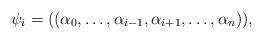
LaTeX: \begin{align*}\psi_i = ((\alpha_0,\dots,\alpha_{i-1},\alpha_{i+1},\dots,\alpha_{n})),\end{align*}